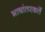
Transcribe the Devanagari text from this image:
भाषांतरकर्ते